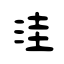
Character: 洼